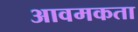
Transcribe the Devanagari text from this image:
आवमकता